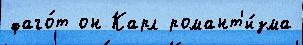
фаго́т он Карл романт'и́зма